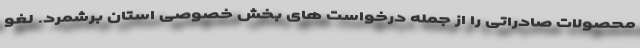
محصولات صادراتی را از جمله درخواست های بخش خصوصی استان برشمرد. لغو